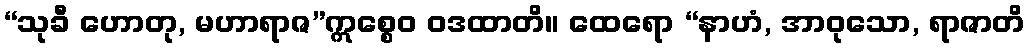
“သုခီ ဟောတု, မဟာရာဇ”ဣစ္စေဝ ဝဒထာတိ။ ထေရော “နာဟံ, အာဝုသော, ရာဇာတိ